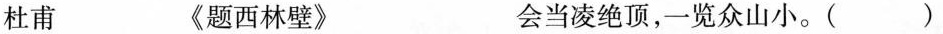
杜甫 《题西林壁》 会当凌绝顶，一览众山小。（）